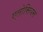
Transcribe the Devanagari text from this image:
एलोसियस